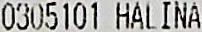
0305101 HALINA